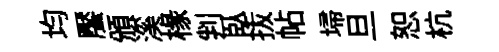
均饜頒溪椽判臥㧞帖埽旦恕杭